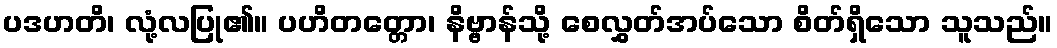
ပဒဟတိ၊ လုံ့လပြု၏။ ပဟိတတ္တော၊ နိဗ္ဗာန်သို့ စေလွှတ်အပ်သော စိတ်ရှိသော သူသည်။